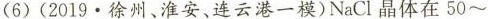
6)(2019·徐州、淮安、连云港一模)NaCl晶体在50~